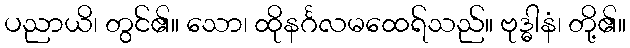
ပညာယိ၊ တွင်၏။ သော၊ ထိုနင်္ဂလမထေရ်သည်။ ဗုဒ္ဓါနံ၊ တို့၏။